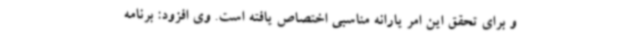
و برای تحقق این امر یارانه مناسبی اختصاص یافته است. وی افزود: برنامه